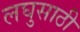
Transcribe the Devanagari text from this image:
लघुसाठी